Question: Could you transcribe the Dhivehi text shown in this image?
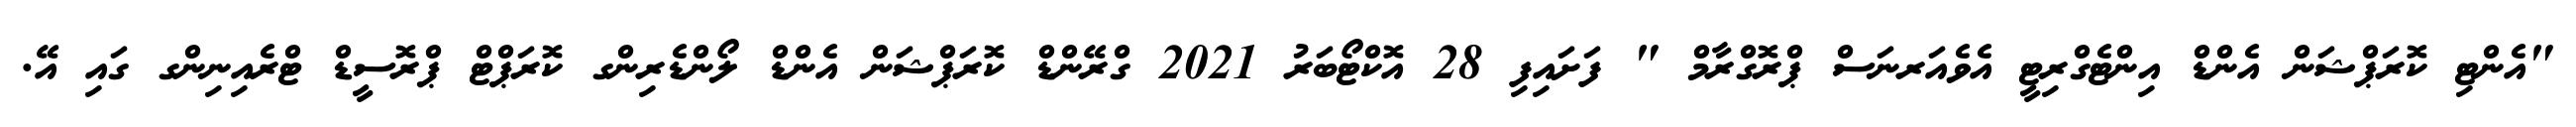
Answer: "އެންޓި ކޮރަޕްޝަން އެންޑް އިންޓެގްރިޓީ އެވެއަރނަސް ޕްރޮގްރާމް " ފަށައިފި 28 އޮކްޓޯބަރު 2021 ގްރޭންޑް ކޮރަޕްޝަން އެންޑް ލޯންޑެރިންގ ކޮރަޕްޓް ޕްރޮސީޑް ޓްރެއިނިންގ ގައި އޭ.